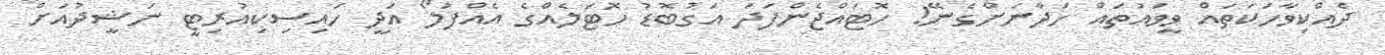
ދެއްކިވާހަކަތައް ވީވައުތައް ހަދާނަށްގެނޭ! ހޮޓައްޖެންފަދަ އަގުބޮޑު ހޮޓަލެއްގެ އެއްފުލޯ އަދީ ހައިސިކިއުރިޓީ ނަޝީދުއަށް